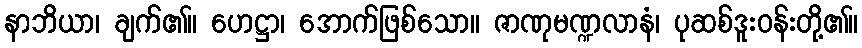
နာဘိယာ၊ ချက်၏။ ဟေဋ္ဌာ၊ အောက်ဖြစ်သော။ ဇာဏုမဏ္ဍလာနံ၊ ပုဆစ်ဒူးဝန်းတို့၏။